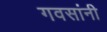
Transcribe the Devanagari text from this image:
गवसांनी